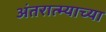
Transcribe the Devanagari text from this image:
अंतरात्म्याच्या